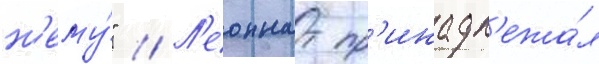
н'ему́" // Л'еоннат пр'инадл'ежа́л